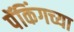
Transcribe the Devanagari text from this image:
पॅकिंगच्या